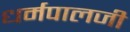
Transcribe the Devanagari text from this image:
धर्मपालजी